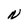
Character: N